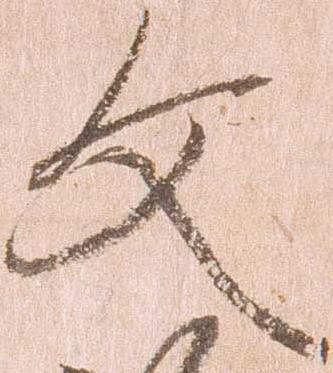
文